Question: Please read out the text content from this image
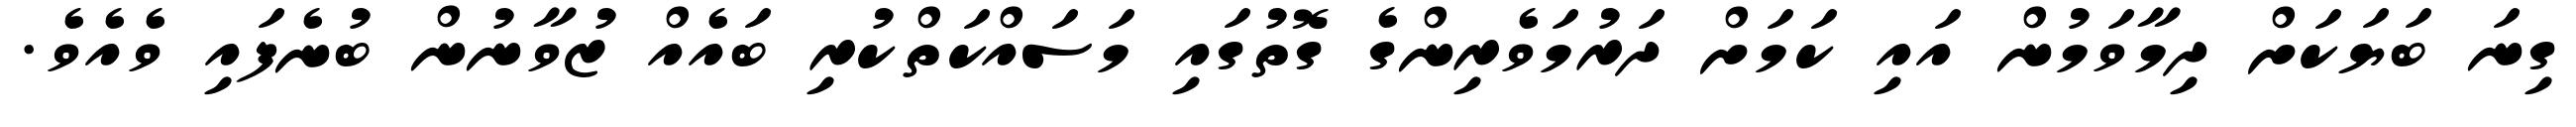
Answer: ގިނަ ބަޔަކަށް ދިމާވަމުން އައި ކަމަށް ދަރުމަވެރިންގެ ގޮތުގައި މަސައްކަތްކުރި ބައެއް ޒުވާނުން ބުނެފައި ވެއެވެ.